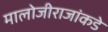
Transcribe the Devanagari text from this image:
मालोजीराजांकडे